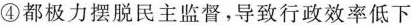
④都极力摆脱民主监督，导致行政效率低下